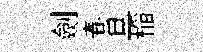
劍春旦稲